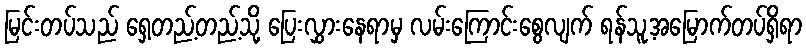
မြင်းတပ်သည် ရှေ့တည့်တည့်သို့ ပြေးလွှားနေရာမှ လမ်းကြောင်းစွေလျက် ရန်သူ့အမြောက်တပ်ရှိရာ